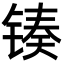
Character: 𬭟